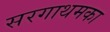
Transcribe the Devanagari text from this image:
सरगाथमका